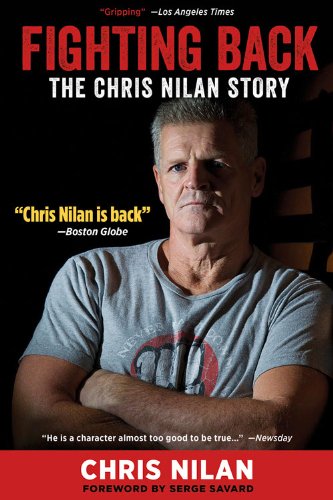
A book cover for Fighting Back: The Chris Nilan Story; Chris Nilan; Biographies & Memoirs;